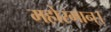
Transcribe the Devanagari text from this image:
महोरगान्।